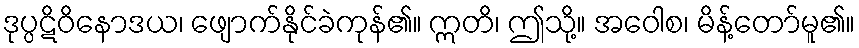
ဒုပ္ပဋိဝိနောဒယ၊ ဖျောက်နိုင်ခဲကုန်၏။ ဣတိ၊ ဤသို့။ အဝေါစ၊ မိန့်တော်မူ၏။